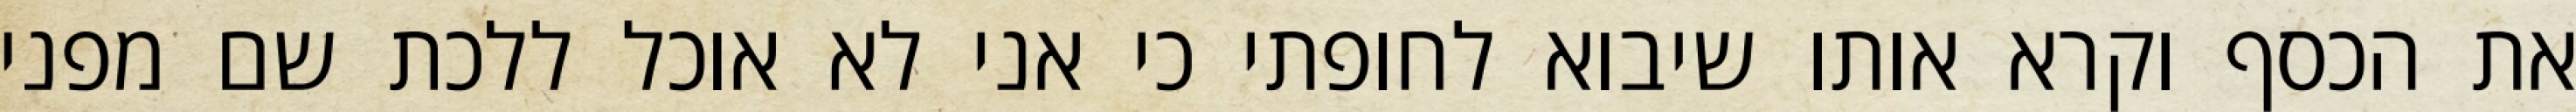
את הכסף וקרא אותו שיבוא לחופתי כי אני לא אוכל ללכת שם מפני